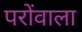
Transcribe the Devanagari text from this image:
परोंवाला